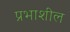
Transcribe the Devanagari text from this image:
प्रभाशील